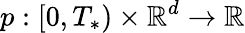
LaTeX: p:[0,T_{*})\times\mathbb{R}^{d}\rightarrow\mathbb{R}